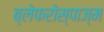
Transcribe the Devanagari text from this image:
ब्लेफरोस्पाज्म